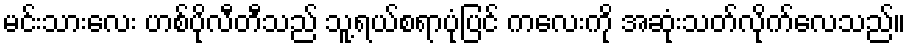
မင်းသားလေး ဟစ်ပိုလီတီသည် သူ့ရယ်စရာပုံပြင် ကလေးကို အဆုံးသတ်လိုက်လေသည်။